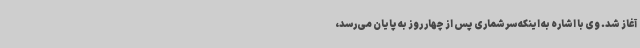
آغاز شد. وی با اشاره به اینکه سرشماری پس از چهار روز به پایان می‌رسد،